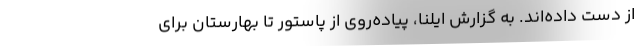
از دست داده‌اند. به گزارش ایلنا، پیاده‌روی از پاستور تا بهارستان برای